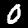
Digit: 0